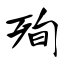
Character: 殉